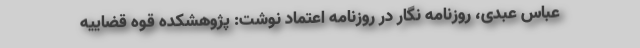
عباس عبدی، روزنامه نگار در روزنامه اعتماد نوشت: پژوهشکده قوه قضاییه